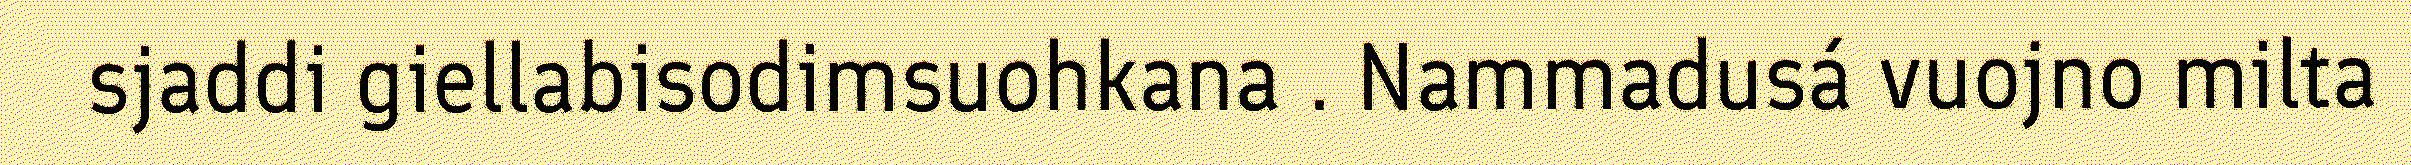
sjaddi giellabisodimsuohkana . Nammadusá vuojno milta